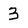
Character: 3